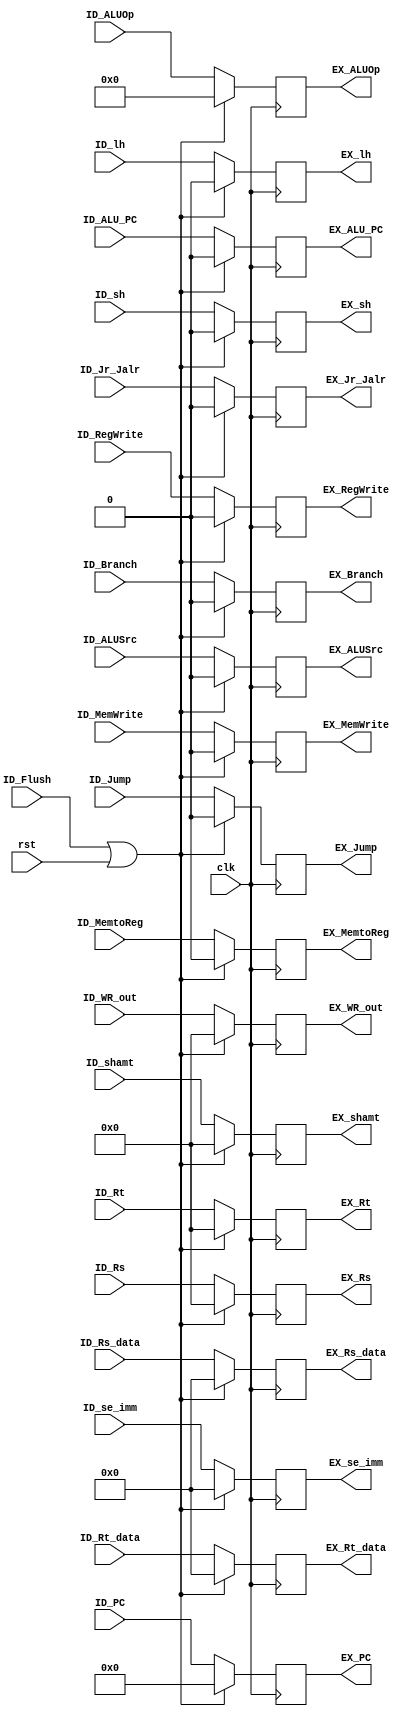
// ID_EX

module ID_EX ( clk,  
               rst,
               // input 
			   ID_Flush,
			   // WB
			   ID_MemtoReg,
			   ID_RegWrite,
			   // M 
			   ID_MemWrite,
			   // write your code in here
			   ID_lh,
			   ID_sh,
			   ID_ALU_PC,
			   // EX
			   //ID_Reg_imm,
			   // write your code in here
			   ID_ALUSrc,
			   ID_Branch,
			   ID_Jump,
			   ID_Jr_Jalr,

			   // pipe
			   ID_PC,
			   ID_ALUOp,
			   ID_shamt,
			   ID_Rs_data,
			   ID_Rt_data,
			   ID_se_imm,
			   ID_WR_out,
			   ID_Rs,
			   ID_Rt,
			   // ============ output ===========================
			   // WB
			   EX_MemtoReg,
			   EX_RegWrite,
			   // M
			   EX_MemWrite,
			   // write your code in here
			   EX_lh,
			   EX_sh,
			   EX_ALU_PC,
			   // EX
			   //EX_Reg_imm,
			   // write your code in here
			   EX_ALUSrc,
			   EX_Branch,
			   EX_Jump,
			   EX_Jr_Jalr,


			   // pipe
			   EX_PC,
			   EX_ALUOp,
			   EX_shamt,
			   EX_Rs_data,
			   EX_Rt_data,
			   EX_se_imm,
			   EX_WR_out,
			   EX_Rs,
			   EX_Rt		   			   
			   );
	
	parameter pc_size = 18;			   
	parameter data_size = 32;
	
	input clk, rst;
	input ID_Flush;
	
	// WB ==================== Input ================================
	input ID_MemtoReg;
	input ID_RegWrite;
	// M
	input ID_MemWrite;
	// write your code in here

	input ID_lh;
	input ID_sh;
	input ID_ALU_PC;

	// EX
	//input ID_Reg_imm;				// ALUSrc ???
	// write your code in here
	input ID_ALUSrc;
	input ID_Branch;
	input ID_Jump;
	input ID_Jr_Jalr;

	// pipe
    input [pc_size-1:0] ID_PC;
    input [3:0] ID_ALUOp;
    input [4:0] ID_shamt;
    input [data_size-1:0] ID_Rs_data;
    input [data_size-1:0] ID_Rt_data;
    input [data_size-1:0] ID_se_imm;
    input [4:0] ID_WR_out;
    input [4:0] ID_Rs;
    input [4:0] ID_Rt;
	
	// WB ======================== output ============================
	output EX_MemtoReg;
	output EX_RegWrite;
	// M
	output EX_MemWrite;
	// write your M code in here

   	output EX_lh;
	output EX_sh;
	output EX_ALU_PC;

	// EX
	//output EX_Reg_imm;
	// write your Ex code in here
	output EX_ALUSrc;
	output EX_Branch;
	output EX_Jump;
	output EX_Jr_Jalr;

	// pipe
	output [pc_size-1:0] EX_PC;
	output [3:0] EX_ALUOp;
	output [4:0] EX_shamt;
	output [data_size-1:0] EX_Rs_data;
	output [data_size-1:0] EX_Rt_data;
	output [data_size-1:0] EX_se_imm;
	output [4:0] EX_WR_out;
	output [4:0] EX_Rs;
	output [4:0] EX_Rt;

	// WB ========================= reg ===========================
	reg EX_MemtoReg;
	reg EX_RegWrite;

	// M
	reg EX_MemWrite;
	// write your M code in here
	reg EX_lh;
	reg EX_sh;
	reg EX_ALU_PC;

	// EX
	//reg EX_Reg_imm;
	// write your EX code in here
	reg EX_ALUSrc;
	reg EX_Branch;
	reg EX_Jump;
	reg EX_Jr_Jalr;


	// pipe
	reg	[pc_size-1:0] EX_PC;
	reg [3:0] EX_ALUOp;
	reg [4:0] EX_shamt;
	reg [data_size-1:0] EX_Rs_data;
	reg [data_size-1:0] EX_Rt_data;
	reg [data_size-1:0] EX_se_imm;
	reg [4:0] EX_WR_out;
	reg [4:0] EX_Rs;
	reg [4:0] EX_Rt;

	
	// write your code in here


	always @(negedge clk) begin

		if ( ID_Flush == 1 || rst == 1) begin
			//			  WB
			EX_MemtoReg   <=    0;
			EX_RegWrite   <=    0;
			//            M
			EX_MemWrite   <=    0;
			//            write your code in here
			EX_sh		  <=    0;
			EX_lh		  <=    0;
			EX_ALU_PC	  <=    0;

			//            EX
			//EX_Reg_imm    <=    0;
			//            write your code in here
			EX_ALUSrc	  <=    0;
			EX_Branch	  <= 	0;
			EX_Jump		  <= 	0;
			EX_Jr_Jalr    <=	0;

			//            pipe
			EX_PC         <=    0;
			EX_ALUOp      <=    0;
			EX_shamt      <=    0;
			EX_Rs_data    <=    0;
			EX_Rt_data    <=    0;
			EX_se_imm     <=    0;
			EX_WR_out     <=    0;
			EX_Rs         <=    0;
			EX_Rt         <=    0;
		end 
		else begin 
			//			  WB
			EX_MemtoReg   <=    ID_MemtoReg;
			EX_RegWrite   <=    ID_RegWrite;
			//            M
			EX_MemWrite   <=    ID_MemWrite;
			//            write your code in here
			EX_sh		  <=    ID_sh;
			EX_lh		  <=    ID_lh;
			EX_ALU_PC	  <=    ID_ALU_PC;

			//            EX
			//EX_Reg_imm    <=    ID_Reg_imm;
			//            write your code in here
			EX_ALUSrc	  <=    ID_ALUSrc;
			EX_Branch	  <= 	ID_Branch;
			EX_Jump		  <= 	ID_Jump;
			EX_Jr_Jalr	  <=	ID_Jr_Jalr;

			//            pipe
			EX_PC         <=    ID_PC;
			EX_ALUOp      <=    ID_ALUOp;
			EX_shamt      <=    ID_shamt;
			EX_Rs_data    <=    ID_Rs_data;
			EX_Rt_data    <=    ID_Rt_data;
			EX_se_imm     <=    ID_se_imm;
			EX_WR_out     <=    ID_WR_out;
			EX_Rs         <=    ID_Rs;
			EX_Rt         <=    ID_Rt;
		end 
	end
	
endmodule